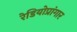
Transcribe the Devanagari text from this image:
रेडियोप्रांगार